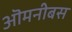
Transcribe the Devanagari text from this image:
ऒमनीबस